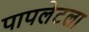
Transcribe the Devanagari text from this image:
पापलेटला